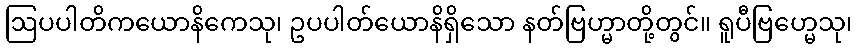
ဩပပါတိကယောနိကေသု၊ ဥပပါတ်ယောနိရှိသော နတ်ဗြဟ္မာတို့တွင်။ ရူပီဗြဟ္မေသု၊